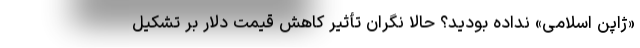
«ژاپن اسلامی» نداده بودید؟ حالا نگران تأثیر کاهش قیمت دلار بر تشکیل